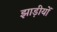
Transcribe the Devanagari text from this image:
झाड़ीयों